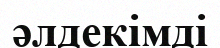
әлдекімді